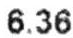
6.36